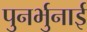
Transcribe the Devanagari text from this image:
पुनर्भुनाई